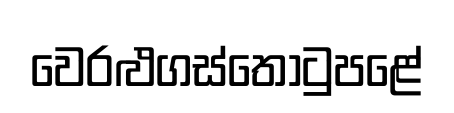
වෙරළුගස්තොටුපළේ